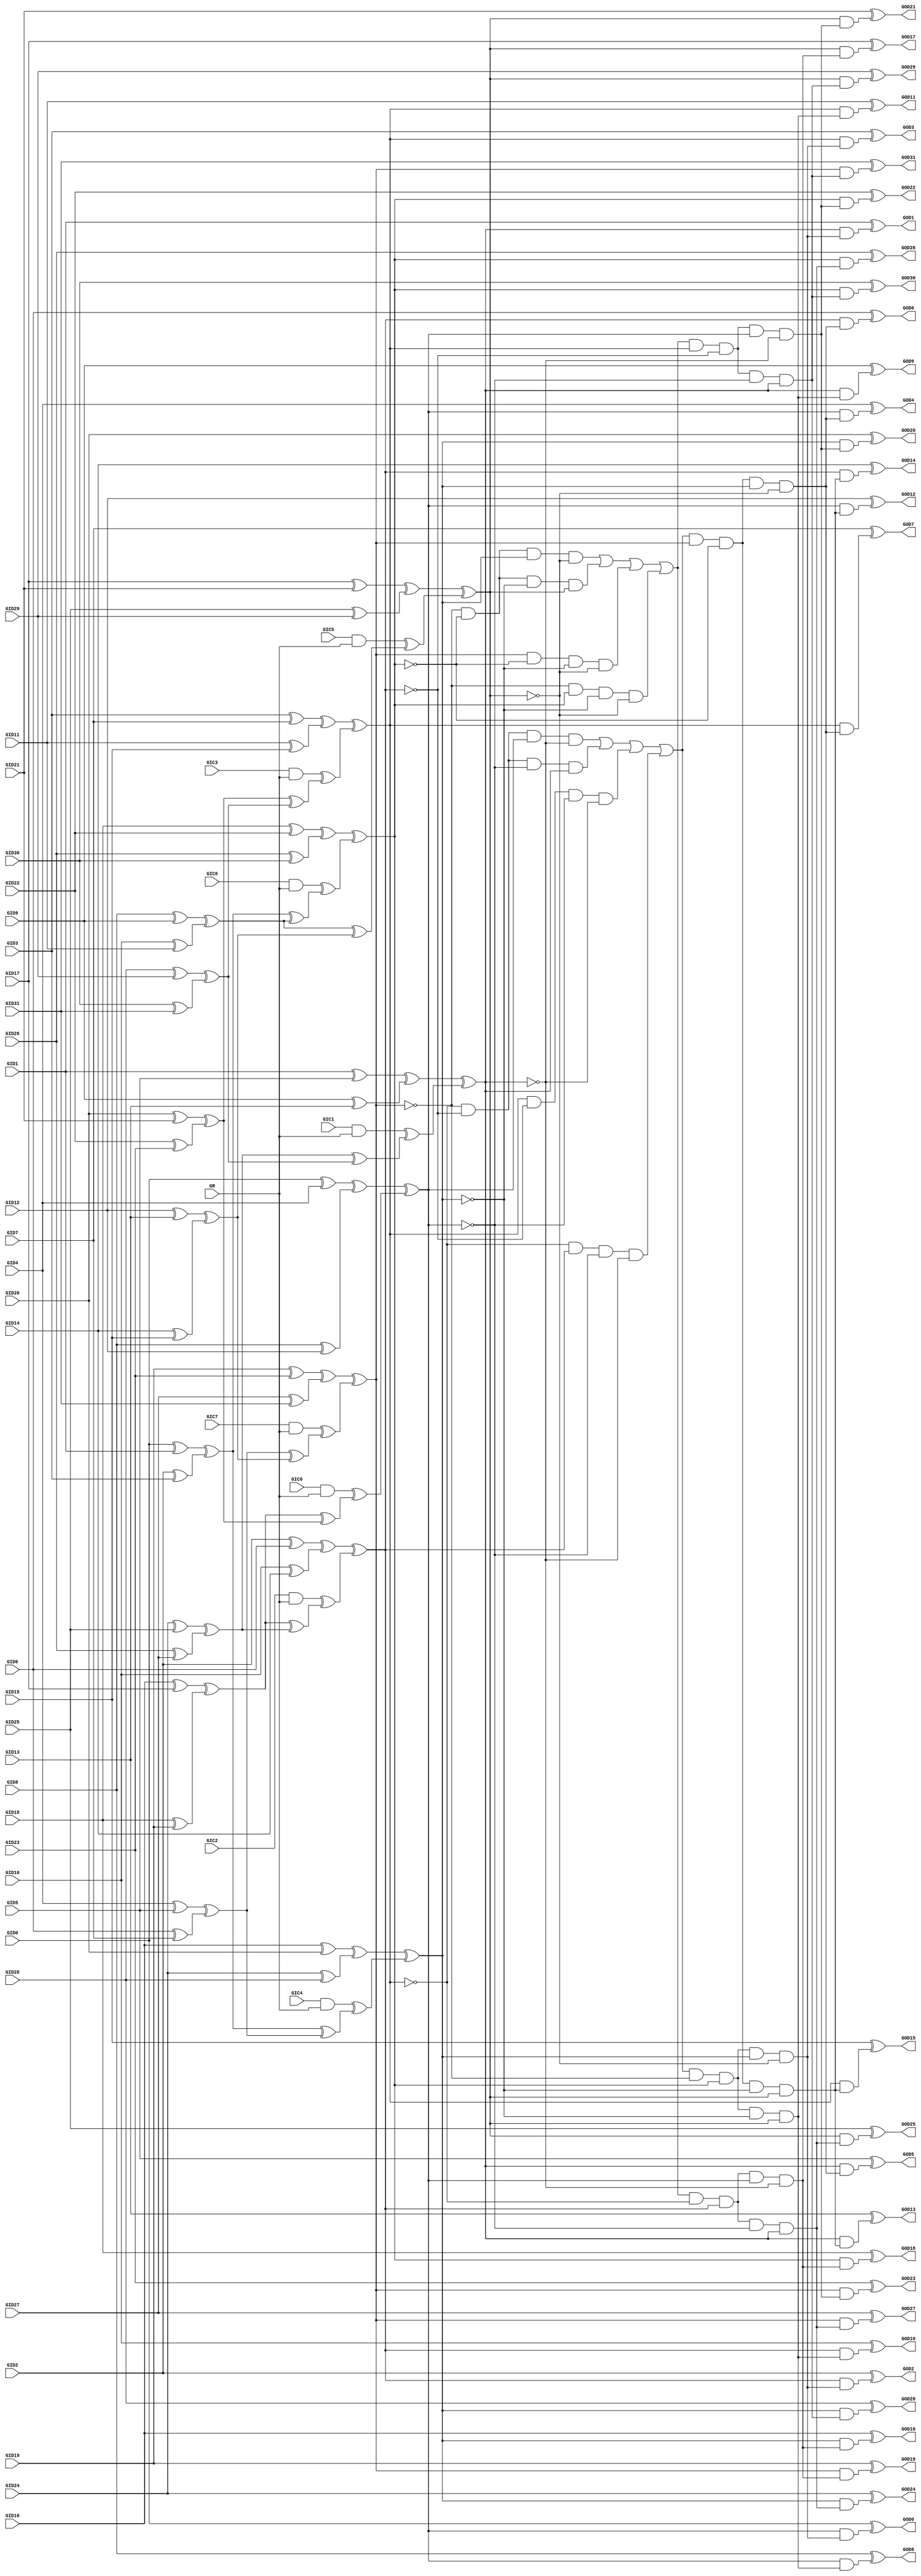
// Benchmark "c499" written by ABC on Thu Mar  5 01:07:15 2020

module c499 ( 
    GID0, GID1, GID2, GID3, GID4, GID5, GID6, GID7, GID8, GID9, GID10,
    GID11, GID12, GID13, GID14, GID15, GID16, GID17, GID18, GID19, GID20,
    GID21, GID22, GID23, GID24, GID25, GID26, GID27, GID28, GID29, GID30,
    GID31, GIC0, GIC1, GIC2, GIC3, GIC4, GIC5, GIC6, GIC7, GR,
    GOD0, GOD1, GOD2, GOD3, GOD4, GOD5, GOD6, GOD7, GOD8, GOD9, GOD10,
    GOD11, GOD12, GOD13, GOD14, GOD15, GOD16, GOD17, GOD18, GOD19, GOD20,
    GOD21, GOD22, GOD23, GOD24, GOD25, GOD26, GOD27, GOD28, GOD29, GOD30,
    GOD31  );
  input  GID0, GID1, GID2, GID3, GID4, GID5, GID6, GID7, GID8, GID9,
    GID10, GID11, GID12, GID13, GID14, GID15, GID16, GID17, GID18, GID19,
    GID20, GID21, GID22, GID23, GID24, GID25, GID26, GID27, GID28, GID29,
    GID30, GID31, GIC0, GIC1, GIC2, GIC3, GIC4, GIC5, GIC6, GIC7, GR;
  output GOD0, GOD1, GOD2, GOD3, GOD4, GOD5, GOD6, GOD7, GOD8, GOD9, GOD10,
    GOD11, GOD12, GOD13, GOD14, GOD15, GOD16, GOD17, GOD18, GOD19, GOD20,
    GOD21, GOD22, GOD23, GOD24, GOD25, GOD26, GOD27, GOD28, GOD29, GOD30,
    GOD31;
  wire GXA0, GXA1, GXA2, GXA3, GXA4, GXA5, GXA6, GXA7, GXA8, GXA9, GXA10,
    GXA11, GXA12, GXA13, GXA14, GXA15, GH0, GH1, GH2, GH3, GH4, GH5, GH6,
    GH7, GXB0, GXC0, GXB1, GXC1, GXB2, GXC2, GXB3, GXC3, GXB4, GXC4, GXB5,
    GXC5, GXB6, GXC6, GXB7, GXC7, GF0, GF1, GF2, GF3, GF4, GF5, GF6, GF7,
    GXE0, GXE1, GXE2, GXE3, GXE4, GXE5, GXE6, GXE7, GG0, GG1, GG2, GG3,
    GG4, GG5, GG6, GG7, GXD0, GXD1, GXD2, GXD3, GXD4, GXD5, GXD6, GXD7,
    GS0, GS1, GS2, GS3, GS4, GS5, GS6, GS7, GY0A, GY1A, GY2A, GY0B, GY1B,
    GY3B, GY0C, GY2C, GY3C, GY1D, GY2D, GY3D, GY5I, GY7I, GY5J, GY6J, GY4K,
    GY7K, GY4L, GY6L, GY4A, GY5A, GY6A, GY4B, GY5B, GY7B, GY4C, GY6C, GY7C,
    GY5D, GY6D, GY7D, GY1I, GY3I, GY1J, GY2J, GY0K, GY3K, GY0L, GY2L, GT0,
    GT1, GT2, GT3, GT4, GT5, GT6, GT7, GU0, GU1, GWA, GWB, GWC, GWD, GWE,
    GWF, GWG, GWH, GE0, GE1, GE2, GE3, GE4, GE5, GE6, GE7, GE8, GE9, GE10,
    GE11, GE12, GE13, GE14, GE15, GE16, GE17, GE18, GE19, GE20, GE21, GE22,
    GE23, GE24, GE25, GE26, GE27, GE28, GE29, GE30, GE31;
  assign GXA0 = GID0 ^ GID1;
  assign GXA1 = GID2 ^ GID3;
  assign GXA2 = GID4 ^ GID5;
  assign GXA3 = GID6 ^ GID7;
  assign GXA4 = GID8 ^ GID9;
  assign GXA5 = GID10 ^ GID11;
  assign GXA6 = GID12 ^ GID13;
  assign GXA7 = GID14 ^ GID15;
  assign GXA8 = GID16 ^ GID17;
  assign GXA9 = GID18 ^ GID19;
  assign GXA10 = GID20 ^ GID21;
  assign GXA11 = GID22 ^ GID23;
  assign GXA12 = GID24 ^ GID25;
  assign GXA13 = GID26 ^ GID27;
  assign GXA14 = GID28 ^ GID29;
  assign GXA15 = GID30 ^ GID31;
  assign GH0 = GIC0 & GR;
  assign GH1 = GIC1 & GR;
  assign GH2 = GIC2 & GR;
  assign GH3 = GIC3 & GR;
  assign GH4 = GIC4 & GR;
  assign GH5 = GIC5 & GR;
  assign GH6 = GIC6 & GR;
  assign GH7 = GIC7 & GR;
  assign GXB0 = GID0 ^ GID4;
  assign GXC0 = GID8 ^ GID12;
  assign GXB1 = GID1 ^ GID5;
  assign GXC1 = GID9 ^ GID13;
  assign GXB2 = GID2 ^ GID6;
  assign GXC2 = GID10 ^ GID14;
  assign GXB3 = GID3 ^ GID7;
  assign GXC3 = GID11 ^ GID15;
  assign GXB4 = GID16 ^ GID20;
  assign GXC4 = GID24 ^ GID28;
  assign GXB5 = GID17 ^ GID21;
  assign GXC5 = GID25 ^ GID29;
  assign GXB6 = GID18 ^ GID22;
  assign GXC6 = GID26 ^ GID30;
  assign GXB7 = GID19 ^ GID23;
  assign GXC7 = GID27 ^ GID31;
  assign GF0 = GXA0 ^ GXA1;
  assign GF1 = GXA2 ^ GXA3;
  assign GF2 = GXA4 ^ GXA5;
  assign GF3 = GXA6 ^ GXA7;
  assign GF4 = GXA8 ^ GXA9;
  assign GF5 = GXA10 ^ GXA11;
  assign GF6 = GXA12 ^ GXA13;
  assign GF7 = GXA14 ^ GXA15;
  assign GXE0 = GXB0 ^ GXC0;
  assign GXE1 = GXB1 ^ GXC1;
  assign GXE2 = GXB2 ^ GXC2;
  assign GXE3 = GXB3 ^ GXC3;
  assign GXE4 = GXB4 ^ GXC4;
  assign GXE5 = GXB5 ^ GXC5;
  assign GXE6 = GXB6 ^ GXC6;
  assign GXE7 = GXB7 ^ GXC7;
  assign GG0 = GF0 ^ GF1;
  assign GG1 = GF2 ^ GF3;
  assign GG2 = GF0 ^ GF2;
  assign GG3 = GF1 ^ GF3;
  assign GG4 = GF4 ^ GF5;
  assign GG5 = GF6 ^ GF7;
  assign GG6 = GF4 ^ GF6;
  assign GG7 = GF5 ^ GF7;
  assign GXD0 = GH0 ^ GG4;
  assign GXD1 = GH1 ^ GG5;
  assign GXD2 = GH2 ^ GG6;
  assign GXD3 = GH3 ^ GG7;
  assign GXD4 = GH4 ^ GG0;
  assign GXD5 = GH5 ^ GG1;
  assign GXD6 = GH6 ^ GG2;
  assign GXD7 = GH7 ^ GG3;
  assign GS0 = GXE0 ^ GXD0;
  assign GS1 = GXE1 ^ GXD1;
  assign GS2 = GXE2 ^ GXD2;
  assign GS3 = GXE3 ^ GXD3;
  assign GS4 = GXE4 ^ GXD4;
  assign GS5 = GXE5 ^ GXD5;
  assign GS6 = GXE6 ^ GXD6;
  assign GS7 = GXE7 ^ GXD7;
  assign GY0A = ~GS0;
  assign GY1A = ~GS1;
  assign GY2A = ~GS2;
  assign GY0B = ~GS0;
  assign GY1B = ~GS1;
  assign GY3B = ~GS3;
  assign GY0C = ~GS0;
  assign GY2C = ~GS2;
  assign GY3C = ~GS3;
  assign GY1D = ~GS1;
  assign GY2D = ~GS2;
  assign GY3D = ~GS3;
  assign GY5I = ~GS5;
  assign GY7I = ~GS7;
  assign GY5J = ~GS5;
  assign GY6J = ~GS6;
  assign GY4K = ~GS4;
  assign GY7K = ~GS7;
  assign GY4L = ~GS4;
  assign GY6L = ~GS6;
  assign GY4A = ~GS4;
  assign GY5A = ~GS5;
  assign GY6A = ~GS6;
  assign GY4B = ~GS4;
  assign GY5B = ~GS5;
  assign GY7B = ~GS7;
  assign GY4C = ~GS4;
  assign GY6C = ~GS6;
  assign GY7C = ~GS7;
  assign GY5D = ~GS5;
  assign GY6D = ~GS6;
  assign GY7D = ~GS7;
  assign GY1I = ~GS1;
  assign GY3I = ~GS3;
  assign GY1J = ~GS1;
  assign GY2J = ~GS2;
  assign GY0K = ~GS0;
  assign GY3K = ~GS3;
  assign GY0L = ~GS0;
  assign GY2L = ~GS2;
  assign GT0 = GS3 & GY2A & GY0A & GY1A;
  assign GT1 = GY3B & GS2 & GY0B & GY1B;
  assign GT2 = GY3C & GY2C & GY0C & GS1;
  assign GT3 = GY3D & GY2D & GS0 & GY1D;
  assign GT4 = GS7 & GY6A & GY4A & GY5A;
  assign GT5 = GY7B & GS6 & GY4B & GY5B;
  assign GT6 = GY7C & GY6C & GY4C & GS5;
  assign GT7 = GY7D & GY6D & GS4 & GY5D;
  assign GU0 = GT3 | GT2 | GT0 | GT1;
  assign GU1 = GT7 | GT6 | GT4 | GT5;
  assign GWA = GU0 & GY7I & GS6 & GS4 & GY5I;
  assign GWB = GU0 & GS7 & GY6J & GS4 & GY5J;
  assign GWC = GU0 & GY7K & GS6 & GY4K & GS5;
  assign GWD = GU0 & GS7 & GY6L & GY4L & GS5;
  assign GWE = GU1 & GY3I & GS2 & GS0 & GY1I;
  assign GWF = GU1 & GS3 & GY2J & GS0 & GY1J;
  assign GWG = GU1 & GY3K & GS2 & GY0K & GS1;
  assign GWH = GU1 & GS3 & GY2L & GY0L & GS1;
  assign GE0 = GS0 & GWA;
  assign GE1 = GS1 & GWA;
  assign GE2 = GS2 & GWA;
  assign GE3 = GS3 & GWA;
  assign GE4 = GS0 & GWB;
  assign GE5 = GS1 & GWB;
  assign GE6 = GS2 & GWB;
  assign GE7 = GS3 & GWB;
  assign GE8 = GS0 & GWC;
  assign GE9 = GS1 & GWC;
  assign GE10 = GS2 & GWC;
  assign GE11 = GS3 & GWC;
  assign GE12 = GS0 & GWD;
  assign GE13 = GS1 & GWD;
  assign GE14 = GS2 & GWD;
  assign GE15 = GS3 & GWD;
  assign GE16 = GS4 & GWE;
  assign GE17 = GS5 & GWE;
  assign GE18 = GS6 & GWE;
  assign GE19 = GS7 & GWE;
  assign GE20 = GS4 & GWF;
  assign GE21 = GS5 & GWF;
  assign GE22 = GS6 & GWF;
  assign GE23 = GS7 & GWF;
  assign GE24 = GS4 & GWG;
  assign GE25 = GS5 & GWG;
  assign GE26 = GS6 & GWG;
  assign GE27 = GS7 & GWG;
  assign GE28 = GS4 & GWH;
  assign GE29 = GS5 & GWH;
  assign GE30 = GS6 & GWH;
  assign GE31 = GS7 & GWH;
  assign GOD0 = GID0 ^ GE0;
  assign GOD1 = GID1 ^ GE1;
  assign GOD2 = GID2 ^ GE2;
  assign GOD3 = GID3 ^ GE3;
  assign GOD4 = GID4 ^ GE4;
  assign GOD5 = GID5 ^ GE5;
  assign GOD6 = GID6 ^ GE6;
  assign GOD7 = GID7 ^ GE7;
  assign GOD8 = GID8 ^ GE8;
  assign GOD9 = GID9 ^ GE9;
  assign GOD10 = GID10 ^ GE10;
  assign GOD11 = GID11 ^ GE11;
  assign GOD12 = GID12 ^ GE12;
  assign GOD13 = GID13 ^ GE13;
  assign GOD14 = GID14 ^ GE14;
  assign GOD15 = GID15 ^ GE15;
  assign GOD16 = GID16 ^ GE16;
  assign GOD17 = GID17 ^ GE17;
  assign GOD18 = GID18 ^ GE18;
  assign GOD19 = GID19 ^ GE19;
  assign GOD20 = GID20 ^ GE20;
  assign GOD21 = GID21 ^ GE21;
  assign GOD22 = GID22 ^ GE22;
  assign GOD23 = GID23 ^ GE23;
  assign GOD24 = GID24 ^ GE24;
  assign GOD25 = GID25 ^ GE25;
  assign GOD26 = GID26 ^ GE26;
  assign GOD27 = GID27 ^ GE27;
  assign GOD28 = GID28 ^ GE28;
  assign GOD29 = GID29 ^ GE29;
  assign GOD30 = GID30 ^ GE30;
  assign GOD31 = GID31 ^ GE31;
endmodule